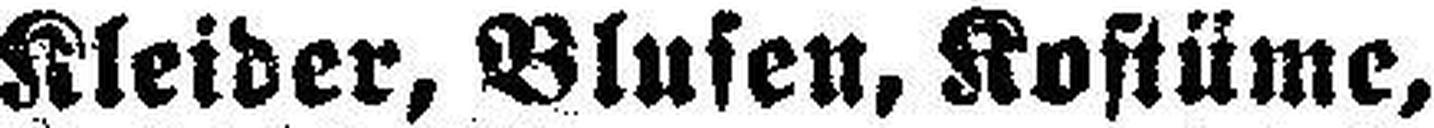
Kleider, Blusen, Kostüme,